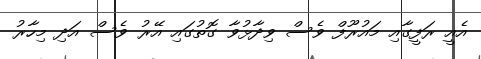
އެއީ ރަފީގާއި މައުރޫފް ވެސް ވިދާޅުވާ ގޮތުގައި އޭރު ވެސް އަދި މިހާރު